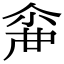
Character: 𠋓